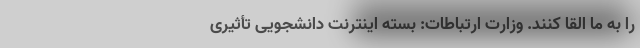
را به ما القا کنند. وزارت ارتباطات: بسته‌ اینترنت دانشجویی تأثیری